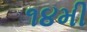
૧૪મી